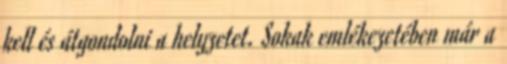
kell és átgondolni a helyzetet. Sokak emlékezetében már a